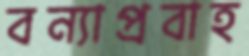
বন্যাপ্রবাহ